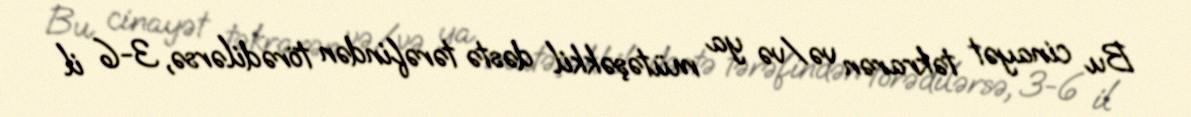
Bu cinayət təkrarən və/və ya mütəşəkkil dəstə tərəfindən törədilərsə, 3-6 il